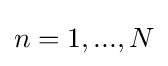
n=1,...,N